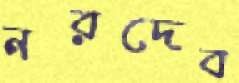
নরদেব